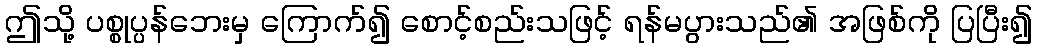
ဤသို့ ပစ္စုပ္ပန်ဘေးမှ ကြောက်၍ စောင့်စည်းသဖြင့် ရန်မပွားသည်၏ အဖြစ်ကို ပြပြီး၍